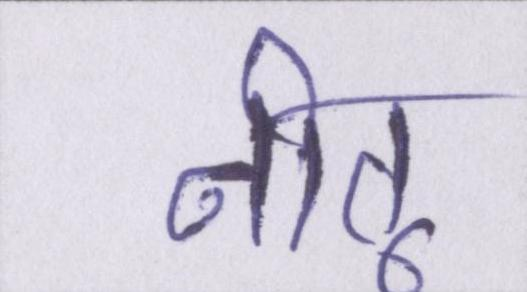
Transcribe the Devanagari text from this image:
नीतू